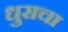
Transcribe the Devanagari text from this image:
धुराचा